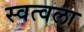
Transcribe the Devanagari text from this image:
स्वत्वला